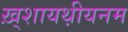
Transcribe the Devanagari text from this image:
ख़्शायथ़ीयनम